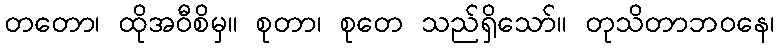
တတော၊ ထိုအဝီစိမှ။ စုတာ၊ စုတေ သည်ရှိသော်။ တုသိတာဘဝနေ၊